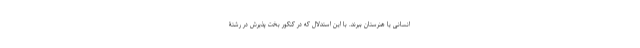
انسانی یا هنرستان ببرند. با این استدلال که در کنکور بخت پذیرش در رشتۀ